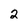
Character: 2